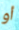
أو